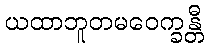
ယထာဘူတမဝေက္ခန္တီ